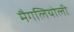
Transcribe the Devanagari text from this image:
मैगलियोली